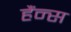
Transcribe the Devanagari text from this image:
हैंन्स